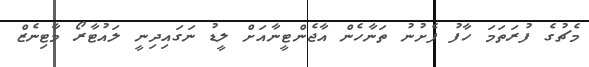
މެޗުގެ ފުރަތަމަ ހާފު ފެށުނު ތަނާހެން އާޖެންޓީނާއަށް ލީޑު ނަގައިދިނީ ލައުޓާރޯ މާޓިނެޒް